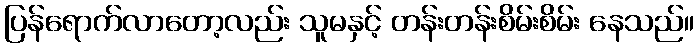
ပြန်ရောက်လာတော့လည်း သူမနှင့် တန်းတန်းစိမ်းစိမ်း နေသည်။